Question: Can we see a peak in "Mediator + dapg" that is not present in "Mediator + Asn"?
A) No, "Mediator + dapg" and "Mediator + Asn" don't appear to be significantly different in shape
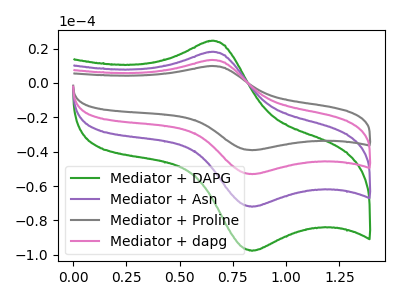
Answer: <think>The green curve "Mediator + DAPG" has an anodic peak at (0.65V, 24.40uA) and a cathodic peak at (0.85V, -97.60uA). The purple curve "Mediator + Asn" has an anodic peak at (0.65V, 17.95uA) and a cathodic peak at (0.85V, -72.00uA). The gray curve "Mediator + Proline" has an anodic peak at (0.65V, 53.90uA) and a cathodic peak at (0.85V, -215.95uA). The pink curve "Mediator + dapg" has an anodic peak at (0.65V, 35.95uA) and a cathodic peak at (0.85V, -143.95uA).
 All the peaks in "Mediator + dapg" have a peak in "Mediator + Asn" at the same potential. Every peak in "Mediator + dapg" is higher than every peak in "Mediator + Asn".</think>
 <answer>A) No, "Mediator + dapg" and "Mediator + Asn" don't appear to be significantly different in shape</answer>
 <eval>A</eval>